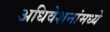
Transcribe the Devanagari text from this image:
अधिवेशनांमध्ये